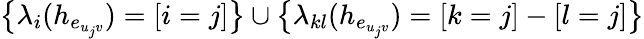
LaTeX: \big\{ \lambda_{i}(h_{e_{u_{j}v}})=[i=j]\big\} \cup\big\{ \lambda_{kl}(h_{e_{u_{j}v}})=[k=j]-[l=j]\big\}